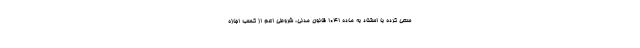
سعی کرده با استناد به ماده ۱۰۴۱ قانون مدنی، شروطی اعم از کسب اجازه